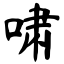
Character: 啸